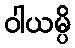
ဝါယမ္ပိ